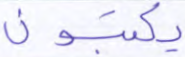
يكتبون